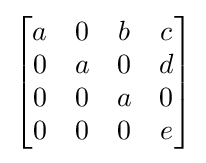
{\begin{bmatrix}a&0&b&c\\0&a&0&d\\0&0&a&0\\0&0&0&e\end{bmatrix}}